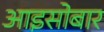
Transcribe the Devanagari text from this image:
आइसोबार